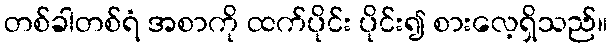
တစ်ခါတစ်ရံ အစာကို ထက်ပိုင်း ပိုင်း၍ စားလေ့ရှိသည်။